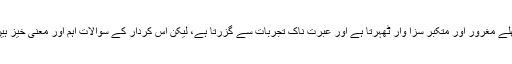
بھلے مغرور اور متکبر سزا وار ٹھہرتا ہے اور عبرت ناک تجربات سے گزرتا ہے، لیکن اس کردار کے سوالات اہم اور معنی خیز ہیں۔